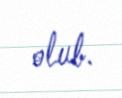
olub.